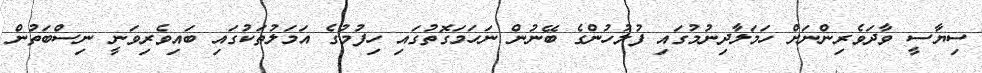
ސިޔާސީ ވާދަވެރިންނަށް ހަމަލާދިނުމުގައި ފުލުހުންގެ ބޭނުން ނަހަމަގޮތުގައި ހިފުމުގެ އަމަލުތަކުގައި ބައިވެރިވަނީ ނިސްބަތުން